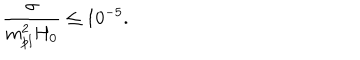
LaTeX: \frac { \sigma } { m _ { p l } ^ { 2 } H _ { 0 } } \leq 1 0 ^ { - 5 } .